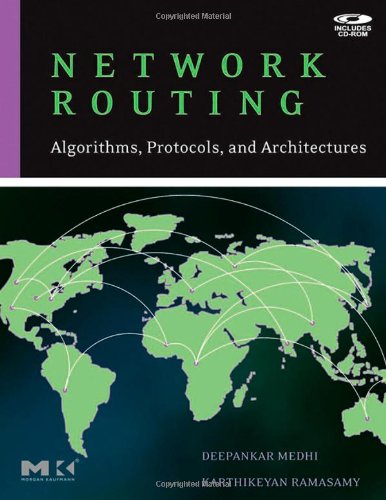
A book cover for Network Routing: Algorithms, Protocols, and Architectures (The Morgan Kaufmann Series in Networking); Deepankar Medhi; Computers & Technology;